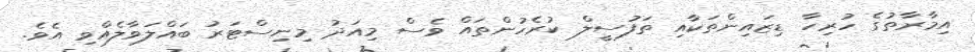
އިމާރާތުގެ ހުރިހާ ޑިޒައިންތަކާއި ތަފުސީލް ކުރެހުންތައް ވެސް މިއަދު މިނިސްޓަރު ބައްލަވާލެއްވި އެވެ.